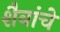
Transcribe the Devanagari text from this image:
शैवांचे